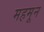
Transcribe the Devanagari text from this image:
महमून